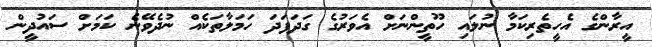
އީރާންގެ އެހީތެރިކަމާ ނުލައި ހޫތީންނަށް އެވަރުގެ ގަދަފަދަ ހަމަލާތަކެއް ނުދެވޭނެ ކަމަށް ސައުދީން